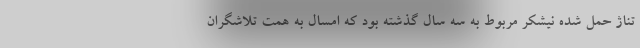
تناژ حمل شده نیشکر مربوط به سه سال گذشته بود که امسال به همت تلاشگران